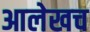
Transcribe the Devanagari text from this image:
आलेखच